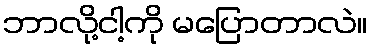
ဘာလို့ငါ့ကို မပြောတာလဲ။